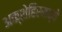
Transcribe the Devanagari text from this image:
अक्शेहिरमध्ये